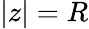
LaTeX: |z|=R